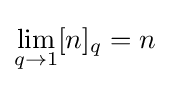
\lim _{q\to 1}[n]_{q}=n